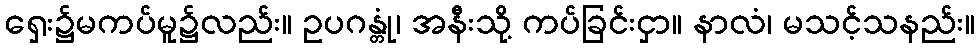
ရှေး၌မကပ်မူ၌လည်း။ ဥပဂန္တုံ၊ အနီးသို့ ကပ်ခြင်းငှာ။ နာလံ၊ မသင့်သနည်း။